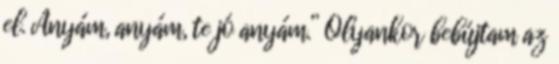
el. Anyám, anyám, te jó anyám.” Olyankor bebújtam az